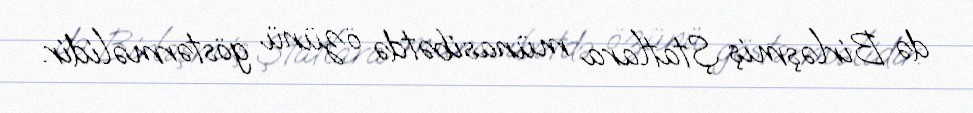
də Birləşmiş Ştatlara münasibətdə özünü göstərməlidir.